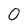
Character: 0